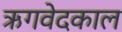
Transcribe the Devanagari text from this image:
ऋगवेदकाल